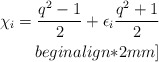
\begin{align*}\chi_{i}=\frac{q^2-1}{2}+\epsilon_{i}\frac{q^2+1}{2}\\begin{align*}2mm]\end{align*}